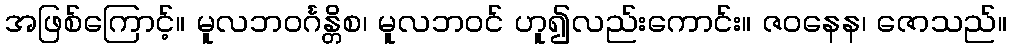
အဖြစ်ကြောင့်။ မူလဘဝင်္ဂန္တိစ၊ မူလဘဝင် ဟူ၍လည်းကောင်း။ ဇဝနေန၊ ဇောသည်။